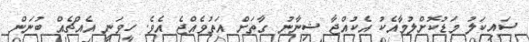
ސައިކަލު މަޑުކޮށްލުމާއެކު އެކުއްޖާ ޝިނާނު ގާތަށް އަތުވެއްޖެ އެވެ. ހީވަނީ އެއްޗެއް ބުނަން